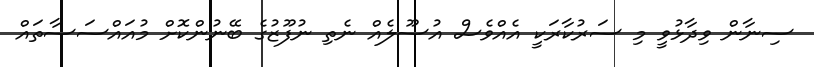
ސިނާން ވިދާޅުވީ މި ސަރުކާރަކީ އެއްވެސް އުސޫލެއް ނެތި ނުފޫޒުގެ ބޭނުންކޮށް މުއައްސަސާތައް